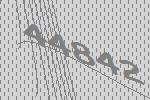
44842